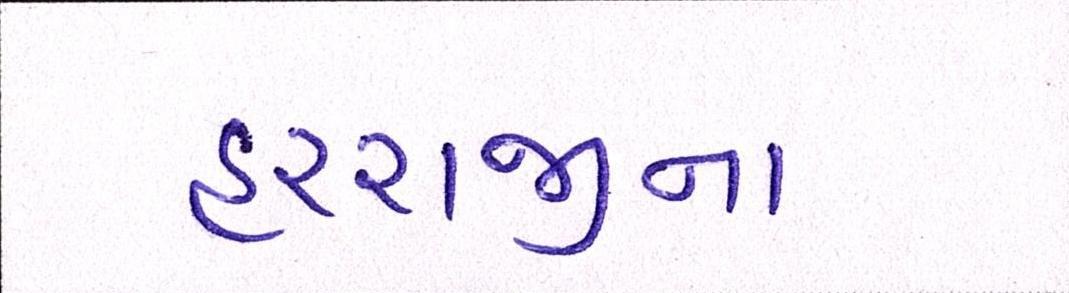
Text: હરરાજીના